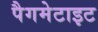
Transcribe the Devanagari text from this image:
पैगमेटाइट